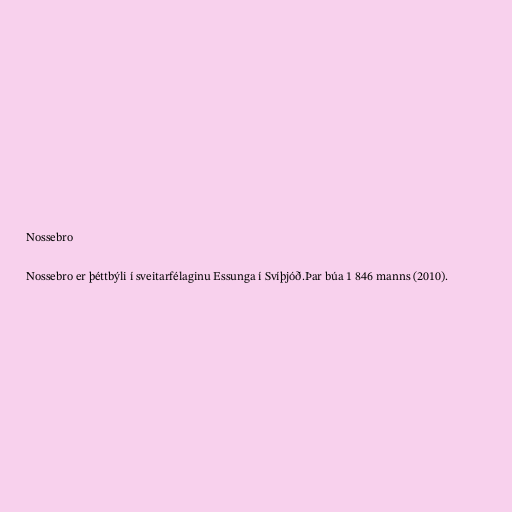
Nossebro

Nossebro er þéttbýli í sveitarfélaginu Essunga í Svíþjóð.Þar búa 1 846 manns (2010).